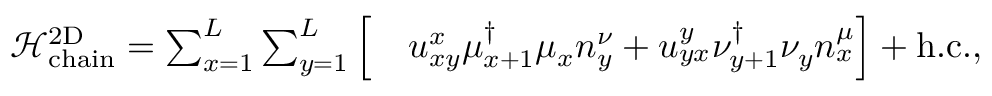
\begin{array} { r l } { \mathcal { H } _ { \mathrm { c h a i n } } ^ { \mathrm { 2 D } } = \sum _ { x = 1 } ^ { L } \sum _ { y = 1 } ^ { L } \Big [ } & { u _ { x y } ^ { x } \mu _ { x + 1 } ^ { \dagger } \mu _ { x } n _ { y } ^ { \nu } + u _ { y x } ^ { y } \nu _ { y + 1 } ^ { \dagger } \nu _ { y } n _ { x } ^ { \mu } \Big ] + \mathrm { h . c . } , } \end{array}